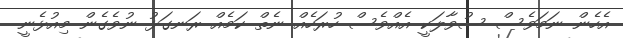
އެހެން ނަމަވެސް ސުވާލަކީ އެއްވެސް ހުރަހެއް ނެތް ކަމެއް ރަނގަޅު ނުވެގެން މިއުޅެނީ